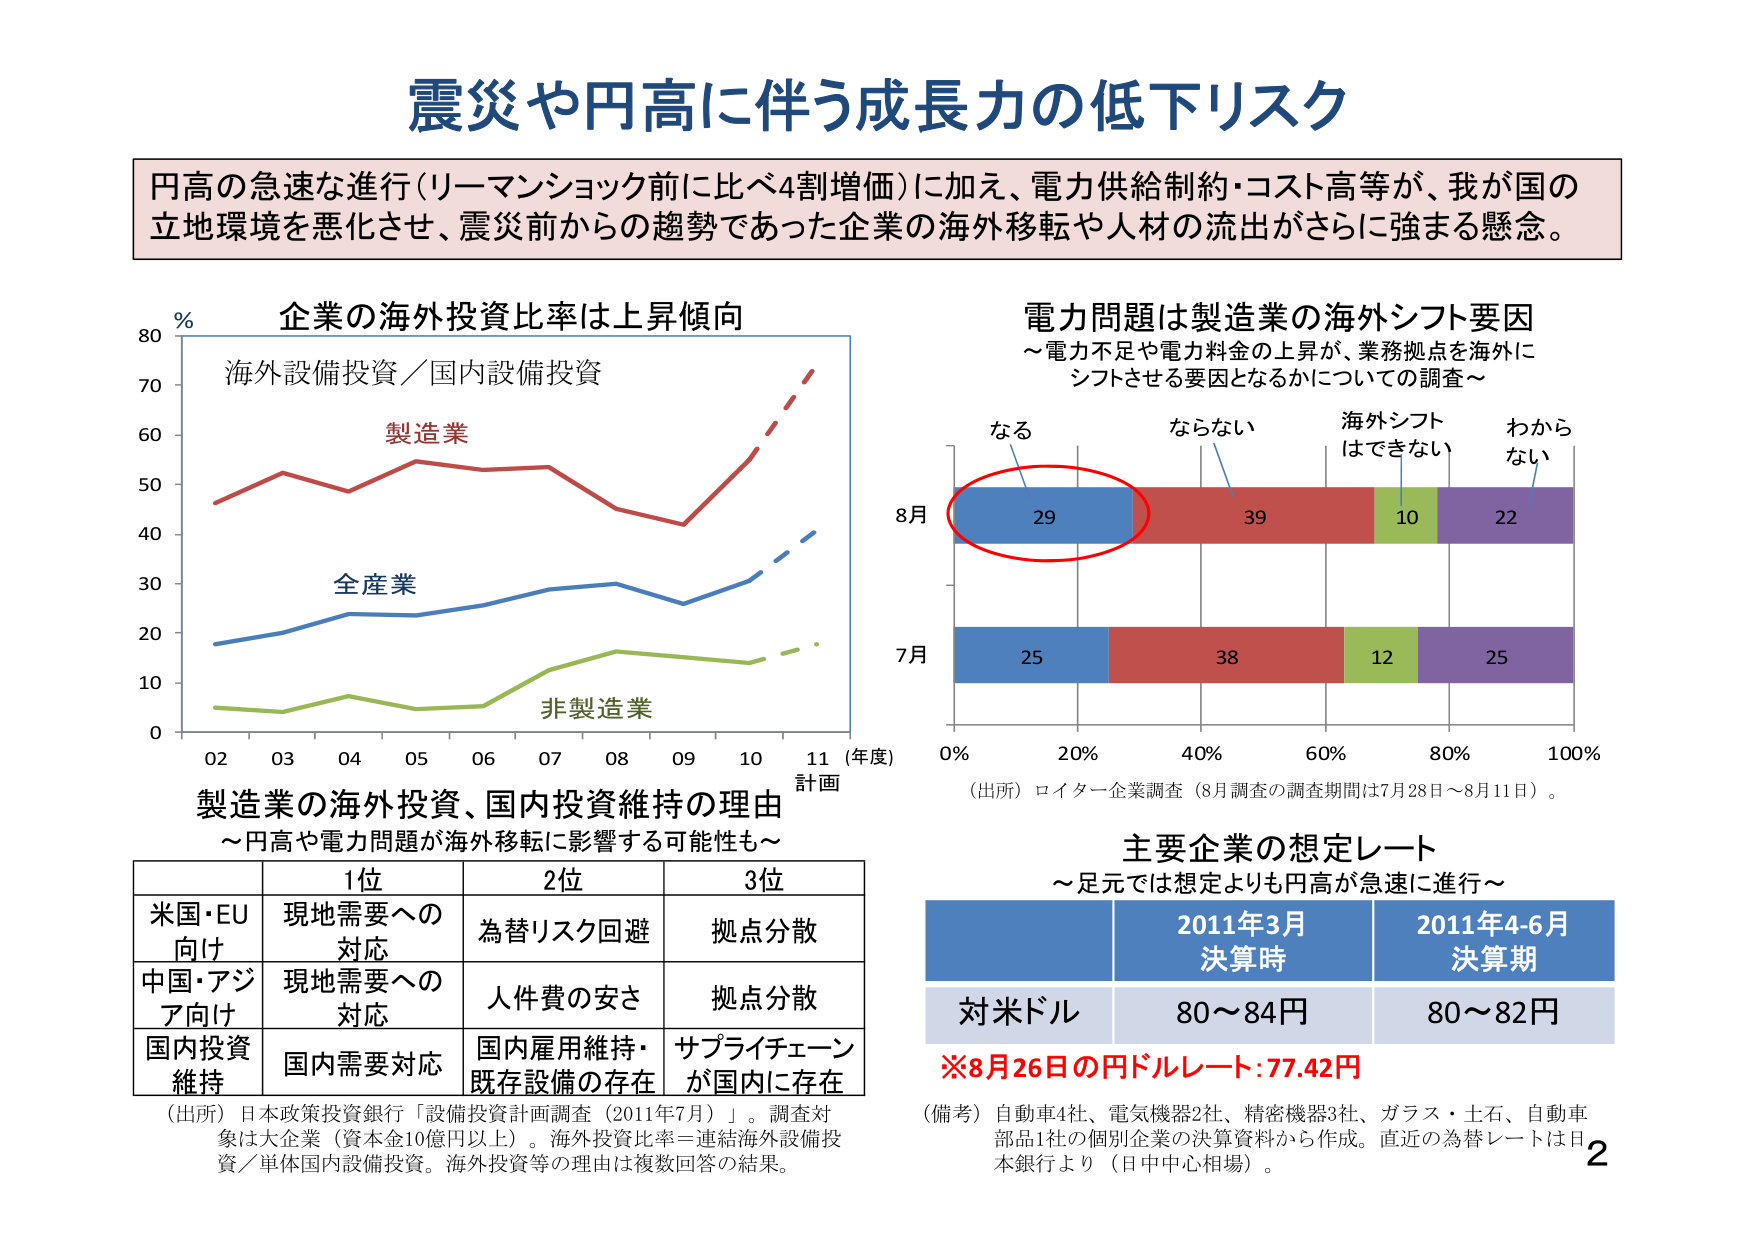
震災や円高に伴う成長力の低下リスク

円高の急速な進行（リーマンショック前に比べ4割増価）に加え、電力供給制約・コスト高等が、我が国の立地環境を悪化させ、震災前からの趨勢であった企業の海外移転や人材の流出がさらに強まる懸念。

企業の海外投資比率は上昇傾向
海外設備投資／国内設備投資
% 80
70
60
50
40
30
20
10
0
02 03 04 05 06 07 08 09 10 11（年度）計画
製造業
全産業
非製造業

電力問題は製造業の海外シフト要因
～電力不足や電力料金の上昇が、業務拠点を海外にシフトさせる要因となるかについての調査～

なる
8月 29
7月 25
ならない 39 38
海外シフトはできない 10 12
わからない 22 25
0% 20% 40% 60% 80% 100%

（出所）ロイター企業調査（8月調査の調査期間は7月28日～8月11日）。

製造業の海外投資、国内投資維持の理由
～円高や電力問題が海外移転に影響する可能性も～

1位 2位 3位
米国・EU向け 現地需要への対応 為替リスク回避 拠点分散
中国・アジア向け 現地需要への対応 人件費の安さ 拠点分散
国内投資維持 国内需要対応 国内雇用維持・既存設備の存在 サプライチェーンが国内に存在

（出所）日本政策投資銀行「設備投資計画調査（2011年7月）」。調査対象は大企業（資本金10億円以上）。海外投資比率＝連結海外設備投資／単体国内設備投資。海外投資等の理由は複数回答の結果。

主要企業の想定レート
～足元では想定よりも円高が急速に進行～

2011年3月決算時 2011年4-6月決算期
対米ドル 80～84円 80～82円

※8月26日の円ドルレート：77.42円

（備考）自動車4社、電気機器2社、精密機器3社、ガラス・土石、自動車部品1社の個別企業の決算資料から作成。直近の為替レートは日本銀行より（日中中心相場）。

2